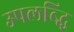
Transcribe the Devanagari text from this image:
उपलब्द्धि